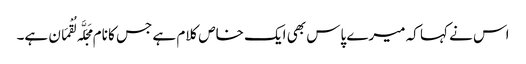
اس نے کہا کہ میرے پاس بھی ایک خاص کلام ہے جس کا نام مَجَلَّہ لُقْمَان ہے۔